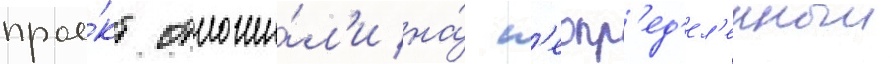
прое́кт отложи́л'и на́ н'еопр'ед'ел'енныи